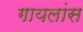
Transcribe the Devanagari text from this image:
गायलांस